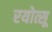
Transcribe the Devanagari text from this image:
रयोत्सू